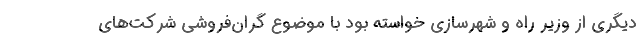
دیگری از وزیر راه و شهرسازی خواسته بود با موضوع گران‌فروشی شرکت‌های